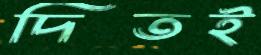
দিতই